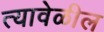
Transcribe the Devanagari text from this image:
त्यावेळील